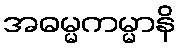
အဓမ္မကမ္မာနိ